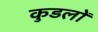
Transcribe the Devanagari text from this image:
कुडलों